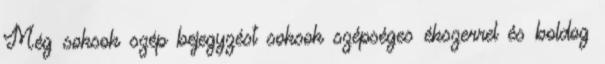
Még soksok szép bejegyzést soksok szépséges ékszerrel és boldog